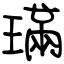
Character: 璊